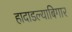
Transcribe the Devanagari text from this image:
हादाडल्याबिगार